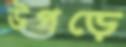
উপড়ে